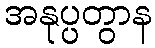
အနုပ္ပတွာန